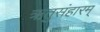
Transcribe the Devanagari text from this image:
ऋतुसंहारम्